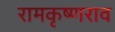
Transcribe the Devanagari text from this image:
रामकृष्णराव